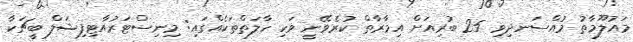
މައުލޫމާތު މުއްސަނދިވި 25 ބުރިއަށް އިމާރާތް ކުރެވޭނީ ވަކި ހާލަތްތަކެއްގައި: މިނިސްޓަރުއާޓިފިޝަލް ބީޗަކާ